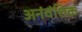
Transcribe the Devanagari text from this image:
अनंवंशिक